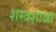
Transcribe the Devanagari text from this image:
शस्त्रशाळा